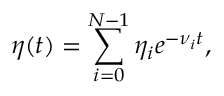
\eta ( t ) = \sum _ { i = 0 } ^ { N - 1 } \eta _ { i } e ^ { - \nu _ { i } t } ,